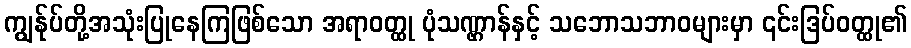
ကျွန်ုပ်တို့အသုံးပြုနေကြဖြစ်သော အရာဝတ္ထု ပုံသဏ္ဌာန်နှင့် သဘောသဘာဝများမှာ ၎င်းဒြပ်ဝတ္ထု၏